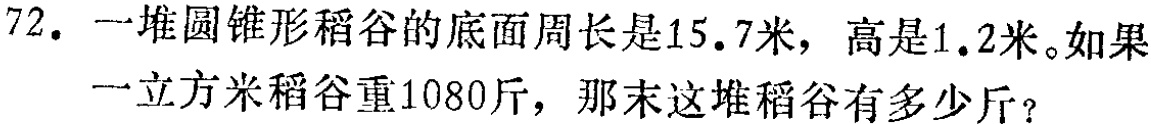
72. 一堆圆锥形稻谷的底面周长是15.7米，高是1.2米。如果一立方米稻谷重1080斤，那末这堆稻谷有多少斤？